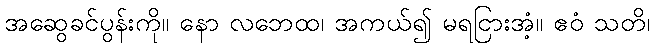
အဆွေခင်ပွန်းကို။ နော လဘေထ၊ အကယ်၍ မရငြားအံ့။ ဧဝံ သတိ၊